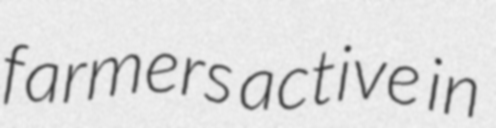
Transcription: farmers active in